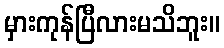
မှားကုန်ပြီလားမသိဘူး။